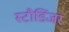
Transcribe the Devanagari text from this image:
स्टौडिंजर